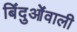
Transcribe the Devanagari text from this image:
बिंदुओंवाली